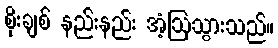
စိုးချစ် နည်းနည်း အံ့ဩသွားသည်။